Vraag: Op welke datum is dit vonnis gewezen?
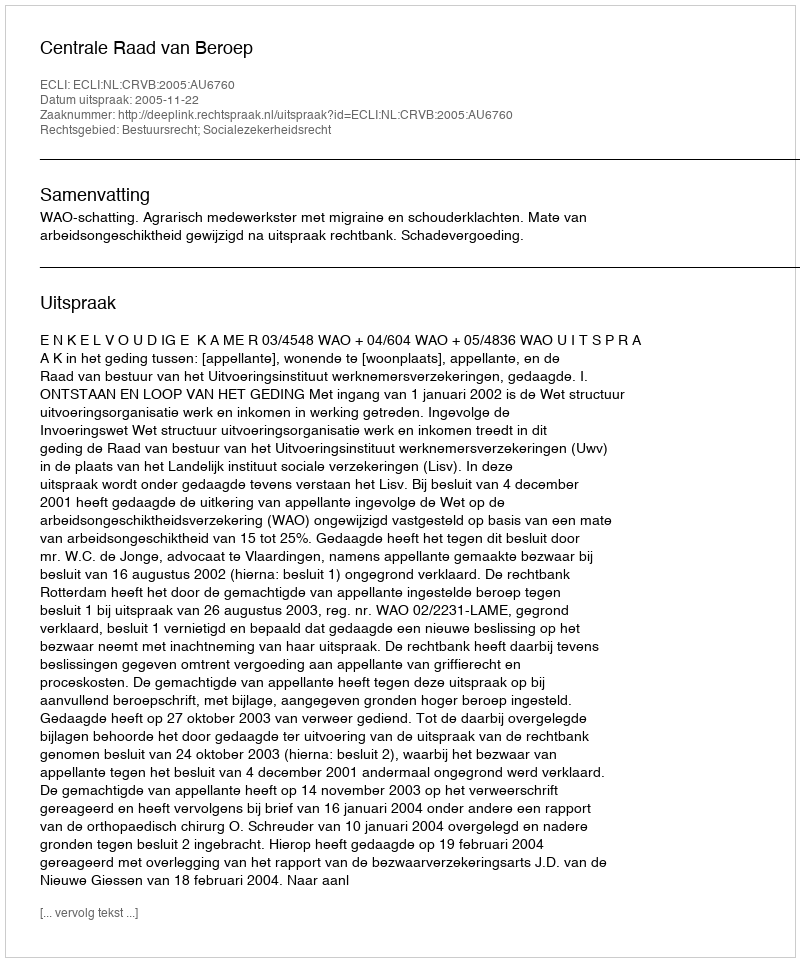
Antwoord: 2005-11-22